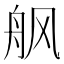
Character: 𱼸